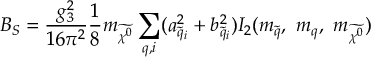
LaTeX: B _ { S } = \frac { g _ { 3 } ^ { 2 } } { 1 6 \pi ^ { 2 } } \frac { 1 } { 8 } m _ { \widetilde { \chi ^ { 0 } } } \sum _ { q , i } ( a _ { \widetilde { q } _ { i } } ^ { 2 } + b _ { \widetilde { q } _ { i } } ^ { 2 } ) I _ { 2 } ( m _ { \widetilde { q } } , \ m _ { q } , \ m _ { \widetilde { \chi ^ { 0 } } } )